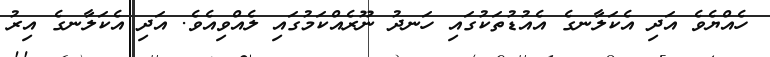
ހެއްޔެވެ އަދި އެކަލާނގެ އެއުޑުތަކުގައި ހަނދު ނޫރެއްކަމުގައި ލެއްވިއެވެ. އަދި އެކަލާނގެ އިރު